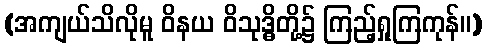
(အကျယ်သိလိုမူ ဝိနယ ဝိသုဒ္ဓိတို့၌ ကြည့်ရှုကြကုန်။)